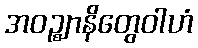
အဝဉ္ဈာနိတွေဝါဟံ